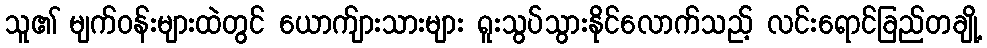
သူ၏ မျက်ဝန်းများထဲတွင် ယောက်ျားသားများ ရူးသွပ်သွားနိုင်လောက်သည့် လင်းရောင်ခြည်တချို့